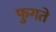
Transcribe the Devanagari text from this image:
फुगते